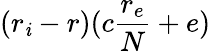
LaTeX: (r_{\mathit{i}}-r)(c\frac{{r_{e}}}{{N}}+e)